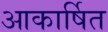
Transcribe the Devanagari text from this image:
आकार्षित